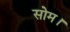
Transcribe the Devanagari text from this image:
सोम।